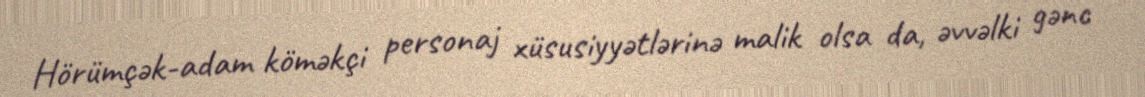
Hörümçək-adam köməkçi personaj xüsusiyyətlərinə malik olsa da, əvvəlki gənc